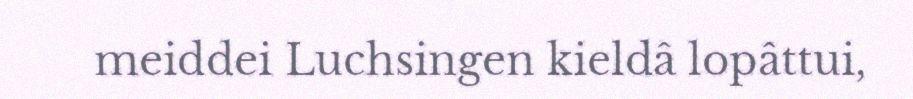
meiddei Luchsingen kieldâ lopâttui,